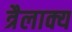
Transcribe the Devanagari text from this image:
त्रैलाक्य